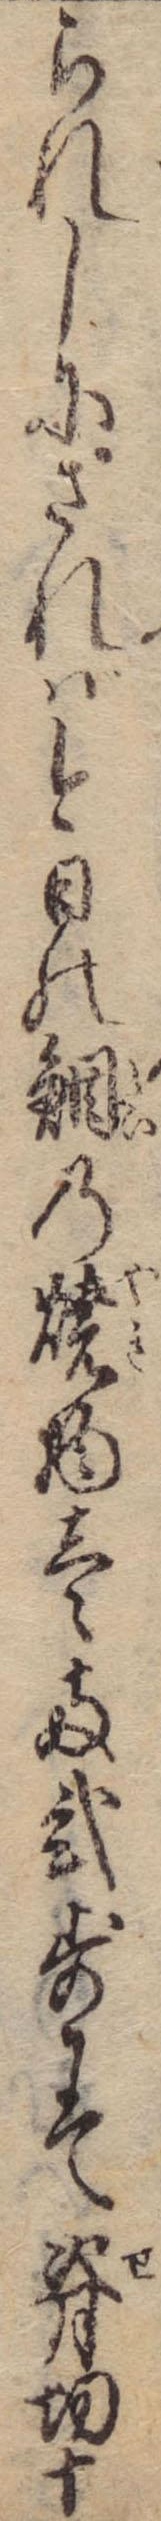
られしにされば今日の鯛の焼物壱両弐歩にて背切十